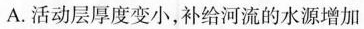
A.活动层厚度变小，补给河流的水源增加